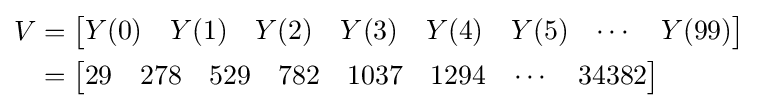
{\begin{aligned}V&={\begin{bmatrix}Y(0)&Y(1)&Y(2)&Y(3)&Y(4)&Y(5)&\cdots &Y(99)\end{bmatrix}}\\&={\begin{bmatrix}29&278&529&782&1037&1294&\cdots &34382\end{bmatrix}}\end{aligned}}